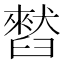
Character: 𫇒